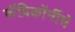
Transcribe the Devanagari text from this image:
कॅप्रिकॉर्नीचे